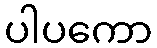
ပါပကော